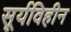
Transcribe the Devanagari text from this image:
सूर्यविहीन